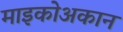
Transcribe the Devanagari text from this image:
माइकोअकान